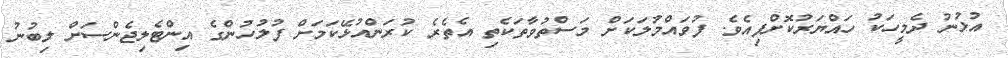
އުޅުނު ދެމީހަކު ހައްޔަރުކޮށްފިއެވެ. ފުވައްމުލަކަށް މަސްތުވާތަކެތި އެތެރެ ކުރަންއުޅޭކަމަށް ފުލުހުންގެ އިންޓެލިޖެންސަށް ލިބުނު